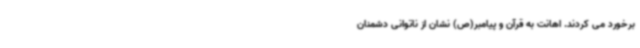
برخورد می کردند. اهانت به قرآن و پیامبر(ص) نشان از ناتوانی دشمنان